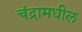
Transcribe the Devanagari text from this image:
चंद्रामधील